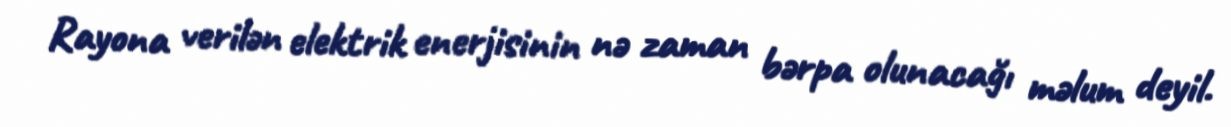
Rayona verilən elektrik enerjisinin nə zaman bərpa olunacağı məlum deyil.